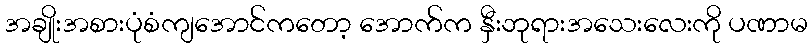
အချိုးအစားပုံစံကျအောင်ကတော့ အောက်က နှီးဘုရားအသေးလေးကို ပဏာမ